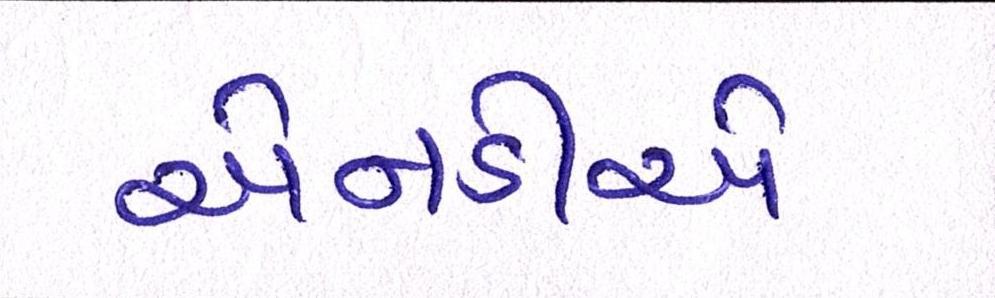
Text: એનડીએ